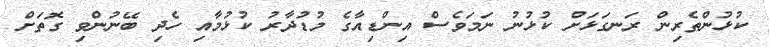
ކުޅުންތެރިން ރަނގަޅަށް ކުޅުނު ނަމަވެސް އިންޑިއާގެ މުޑުދާރު ކުޅުމާއި ހެދި ބޭނުންވި ގޮތަށް